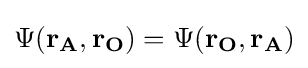
\Psi (\mathbf {r_{A},r_{O}} )=\Psi (\mathbf {r_{O},r_{A}} )